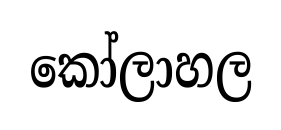
කෝලාහල